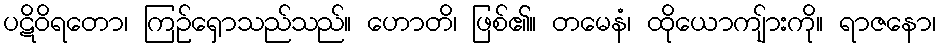
ပဋိဝိရတော၊ ကြဉ်ရှောသည်သည်။ ဟောတိ၊ ဖြစ်၏။ တမေနံ၊ ထိုယောကျ်ားကို။ ရာဇနော၊